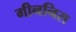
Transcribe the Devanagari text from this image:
गीननिस